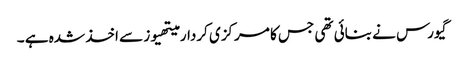
گیورس نے بنائی تھی جس کا مرکزی کردار میتھیوز سے اخذ شدہ ہے ۔